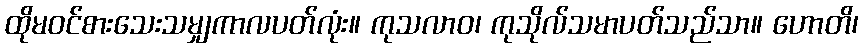
ထိုမဝင်စားသေးသမျှကာလပတ်လုံး။ ကုသလာဝ၊ ကုသိုလ်သမာပတ်သည်သာ။ ဟောတိ၊